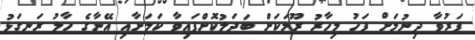
ފަރުވާ ދިނުމަށް ފަހު މިހާރު ރޫމަކަށް ބަދަލުކޮށްފައިވާ ކަމަށާއި އޭނާގެ ހާލު ރަނގަޅު